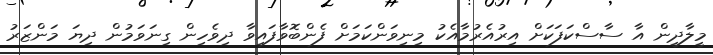
މީލާދީން އާ ސާސްކަފަކަށް އިރުއެރުމާއެކު މިނިވަންކަމަށް ފެންބޮވާފައިވާ ދިވެހިން ގިނަވަމުން ދިޔަ މަންޒަރު